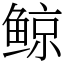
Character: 鲸